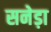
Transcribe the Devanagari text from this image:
सनेड़ा